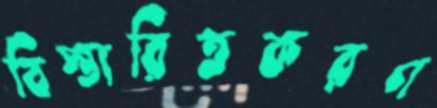
বিস্তারিতকরণ